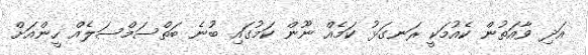
އަދި ވާއަތުން ކެއުމަކީ ރަނގަޅު ކަމެއް ނޫން ކަމުގައި ބުނެ ބަތްސަމްސަލެއް ހީންއަށް